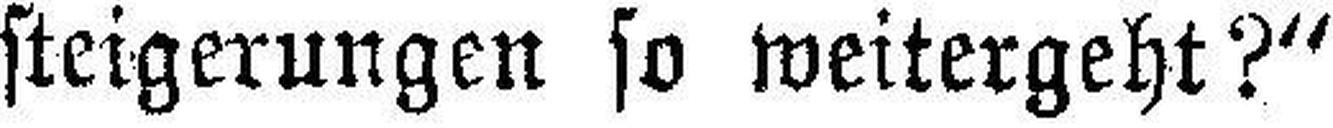
steigerungen so weitergeht?“